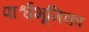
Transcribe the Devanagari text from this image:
पार्श्वभूमिका